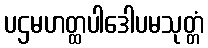
ပဌမဟတ္ထပါဒေါပမသုတ္တံ